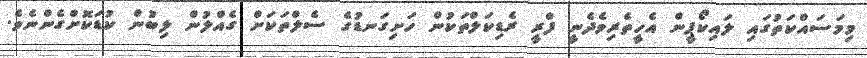
މިމަސައްކަތުގައި ލައިކޯޕީން އެހީތެރިވެދެނީ ފްރީ ރެޑިކަލްތަކުން ހަށިގަނޑުގެ ސެލްތަކަށް ގެއްލުން ލިބުން ކުޑަކޮށްގެންނެވެ.